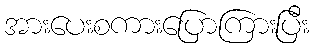
အားပေးစကားပြောကြားပြီး